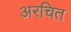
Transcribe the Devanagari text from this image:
अरचित